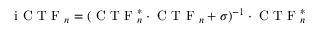
\textrm { i C T F } _ { n } = ( \textrm { C T F } _ { n } ^ { * } \cdot \textrm { C T F } _ { n } + \sigma ) ^ { - 1 } \cdot \textrm { C T F } _ { n } ^ { * }